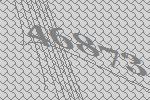
46873